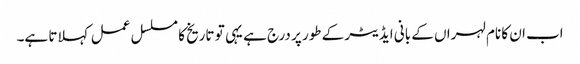
اب ان کا نام لہراں کے بانی ایڈیٹر کے طور پر درج ہے یہی تو تاریخ کا مسلسل عمل کہلاتا ہے۔